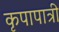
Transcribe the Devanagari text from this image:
कृपापात्री